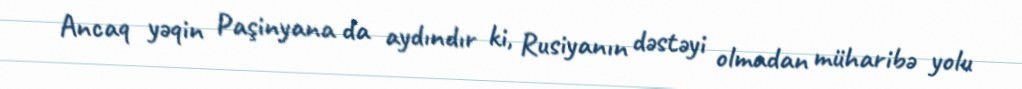
Ancaq yəqin Paşinyana da aydındır ki, Rusiyanın dəstəyi olmadan müharibə yolu